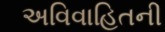
અવિવાહિતની